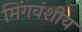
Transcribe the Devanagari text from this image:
मिंगवंशीय